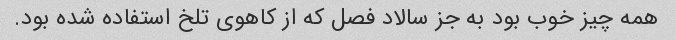
همه چیز خوب بود به جز سالاد فصل که از کاهوی تلخ استفاده شده بود.